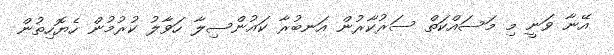
އޭނާ ވަނީ މި މަސައްކަތް ސަރުކާރުން އަނބުރާ ކައުންސިލާ ހަވާލު ކުރުމުން ހެޔޮހިތުން